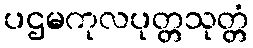
ပဌမကုလပုတ္တသုတ္တံ